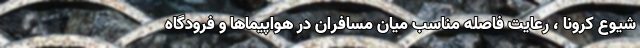
شیوع کرونا ، رعایت فاصله مناسب میان مسافران در هواپیماها و فرودگاه